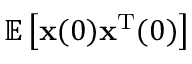
\mathbb { E } \left[ { \mathbf { x } } ( 0 ) { \mathbf { x } } ^ { \mathrm { T } } ( 0 ) \right]